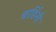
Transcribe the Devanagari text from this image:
बार्डिनी